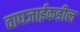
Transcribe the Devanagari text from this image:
वाघजाईकडील